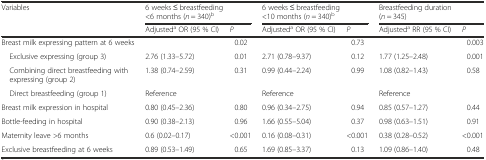
<table><thead><tr><td rowspan="2"><b>Variables</b></td><td colspan="2"><b>6 weeks ≤ breastfeeding &lt;6 months (<i>n</i> = 340)<sup>b</sup></b></td><td colspan="2"><b>6 weeks ≤ breastfeeding &lt;10 months (<i>n</i> = 340)<sup>b</sup></b></td><td colspan="2"><b>Breastfeeding duration (<i>n</i> = 345)</b></td></tr><tr><td><b>Adjusted<sup>a</sup> OR (95 % CI)</b></td><td><b><i>P</i></b></td><td><b>Adjusted<sup>a</sup> OR (95 % CI)</b></td><td><b><i>P</i></b></td><td><b>Adjusted<sup>a</sup> RR (95 % CI)</b></td><td><b><i>P</i></b></td></tr></thead><tbody><tr><td>Breast milk expressing pattern at 6 weeks</td><td></td><td>0.02</td><td></td><td>0.73</td><td></td><td>0.003</td></tr><tr><td> Exclusive expressing (group 3)</td><td>2.76 (1.33–5.72)</td><td>0.01</td><td>2.71 (0.78–9.37)</td><td>0.12</td><td>1.77 (1.25–2.48)</td><td>0.001</td></tr><tr><td> Combining direct breastfeeding with expressing (group 2)</td><td>1.38 (0.74–2.59)</td><td>0.31</td><td>0.99 (0.44–2.24)</td><td>0.99</td><td>1.08 (0.82–1.43)</td><td>0.58</td></tr><tr><td> Direct breastfeeding (group 1)</td><td>Reference</td><td></td><td>Reference</td><td></td><td>Reference</td><td></td></tr><tr><td>Breast milk expression in hospital</td><td>0.80 (0.45–2.36)</td><td>0.80</td><td>0.96 (0.34–2.75)</td><td>0.94</td><td>0.85 (0.57–1.27)</td><td>0.44</td></tr><tr><td>Bottle-feeding in hospital</td><td>0.90 (0.38–2.13)</td><td>0.96</td><td>1.66 (0.55–5.04)</td><td>0.37</td><td>0.98 (0.63–1.51)</td><td>0.91</td></tr><tr><td>Maternity leave &gt;6 months</td><td>0.6 (0.02–0.17)</td><td>&lt;0.001</td><td>0.16 (0.08–0.31)</td><td>&lt;0.001</td><td>0.38 (0.28–0.52)</td><td>&lt;0.001</td></tr><tr><td>Exclusive breastfeeding at 6 weeks</td><td>0.89 (0.53–1.49)</td><td>0.65</td><td>1.69 (0.85–3.37)</td><td>0.13</td><td>1.09 (0.86–1.40)</td><td>0.48</td></tr></tbody></table>